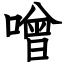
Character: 噌